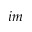
i m